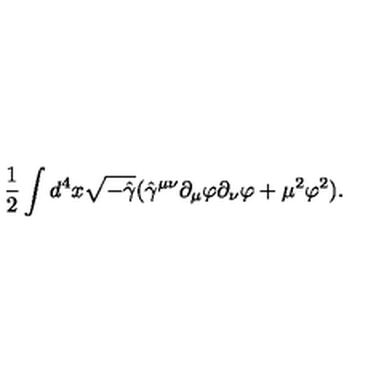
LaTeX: { \frac { 1 } { 2 } } \int d ^ { 4 } x \sqrt { - \hat { \gamma } } ( \hat { \gamma } ^ { \mu \nu } \partial _ { \mu } \varphi \partial _ { \nu } \varphi + \mu ^ { 2 } \varphi ^ { 2 } ) .